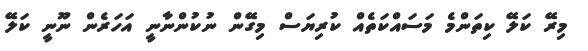
މިރޭ ކަލޭ ކިތަންމެ މަސައްކަތެއް ކުރިޔަސް މިގޭން ނުކުންނާނީ އަހަރެން ނޫނީ ކަލޭ